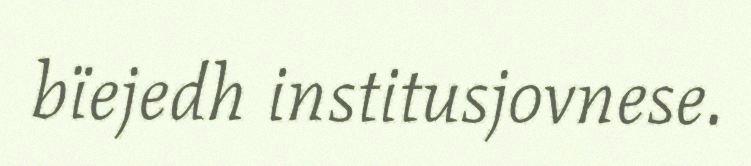
bïejedh institusjovnese.